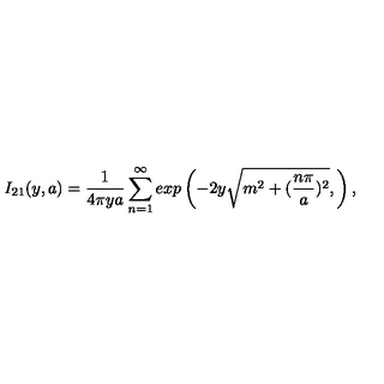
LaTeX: I _ { 2 1 } ( y , a ) = \frac { 1 } { 4 \pi y a } \sum _ { n = 1 } ^ { \infty } e x p \left( - 2 y \sqrt { m ^ { 2 } + ( \frac { n \pi } { a } ) ^ { 2 } } , \right) ,